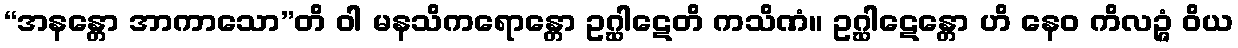
“အနန္တော အာကာသော”တိ ဝါ မနသိကရောန္တော ဥဂ္ဃါဋေတိ ကသိဏံ။ ဥဂ္ဃါဋေန္တော ဟိ နေဝ ကိလဉ္ဇံ ဝိယ